Vaccination in Bombay 1856-1862 - 1856-1862
Year: 1856
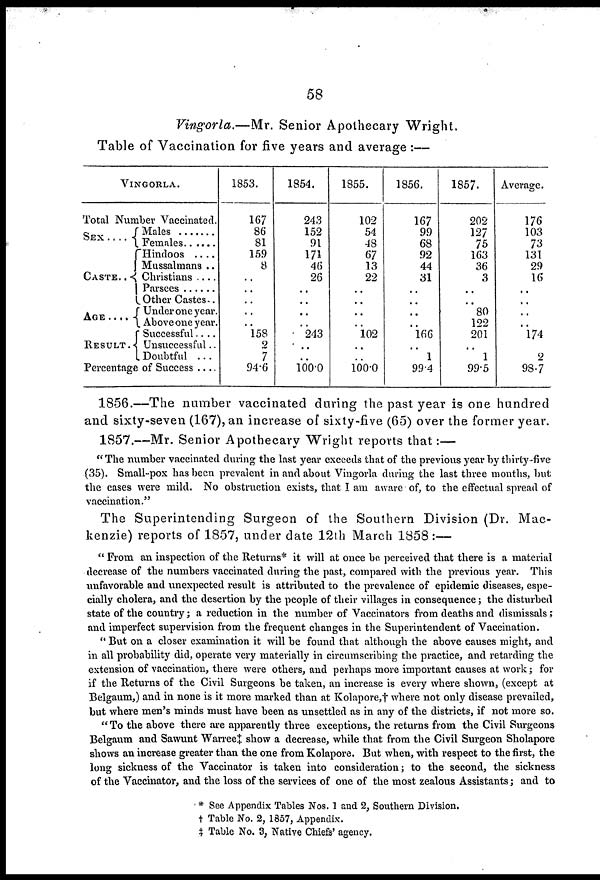
58
Vingorla.—Mr.
Senior Apothecary Wright.
Table of Vaccination for five years and average :—
VINGORLA.
Total Number Vaccinated.
SEX . . . .
CASTE . .
AGE . . . .
RESULT .
Males . . . .
Females . . .
Hindoos . . . .
Mussalmans . .
Christians . . . .
Parsees . . . .
Other Castes . .
Under one year.
Above one year.
Successful . . .
Unsuccessful . .
Doubtful . . . .
Percentage of Success . .
1853.
167
86
81
159
8
..
..
..
..
..
158
2
7
94.6
1854.
243
152
91
171
46
26
..
..
..
..
243
..
..
100.0
1855.
102
54
48
67
13
22
..
..
..
..
102
..
..
100.0
1856.
167
99
68
92
44
31
..
..
..
..
166
..
1
99.4
1857.
202
127
75
163
36
3
..
..
80
122
201
..
1
99.5
Average.
176
103
73
131
29
16
..
..
..
..
174
2
98.7
1856.—The number vaccinated during the past year is one hundred
and sixty-seven (167), an increase of sixty-five (65) over the former year.
1857.—Mr. Senior Apothecary Wright reports that:—
"The number vaccinated during the last year exceeds that of the previous year by thirty-five
(35). Small-pox has been prevalent in and about Vingorla during the last three months, but
the cases were mild. No obstruction exists, that I am aware of, to the effectual spread of
vaccination."
The Superintending Surgeon of the Southern Division (Dr. Mac-
kenzie) reports of 1857, under date 12th March 1858:—
" From an inspection of the Returns* it will at once be perceived that there is a material
decrease of the numbers vaccinated during the past, compared with the previous year. This
unfavorable and unexpected result is attributed to the prevalence of epidemic diseases, espe-
cially cholera, and the desertion by the people of their villages in consequence; the disturbed
state of the country ; a reduction in the number of Vaccinators from deaths and dismissals;
and imperfect supervision from the frequent changes in the Superintendent of Vaccination.
" But on a closer examination it will be found that although the above causes might, and
in all probability did, operate very materially in circumscribing the practice, and retarding the
extension of vaccination, there were others, and perhaps more important causes at work; for
if the Returns of the Civil Surgeons be taken, an increase is every where shown, (except at
Belgaum,) and in none is it more marked than at Kolapore,† where not only disease prevailed,
but where men's minds must have been as unsettled as in any of the districts, if not more so.
" To the above there are apparently three exceptions, the returns from the Civil Surgeons
Belgaum and Sawunt Warree‡ show a decrease, while that from the Civil Surgeon Sholapore
shows an increase greater than the one from Kolapore. But when, with respect to the first, the
long sickness of the Vaccinator is taken into consideration; to the second, the sickness
of the Vaccinator, and the loss of the services of one of the most zealous Assistants; and to
* See Appendix Tables Nos. 1 and 2, Southern Division.
† Table No. 2, 1857, Appendix.
‡ Table No. 3, Native Chiefs' agency.